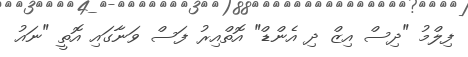
ފިލްމު "ދިސް އިޒް ދި އެންޑް" އޮތްއިރު ފަސް ވަނާގައި އޮތީ "ނައު